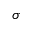
\sigma